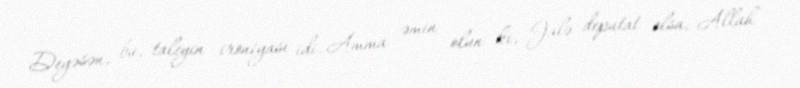
Deyəsən, bu, taleyin ironiyası idi. Amma əmin olun ki, Jalə deputat olsa, Allah